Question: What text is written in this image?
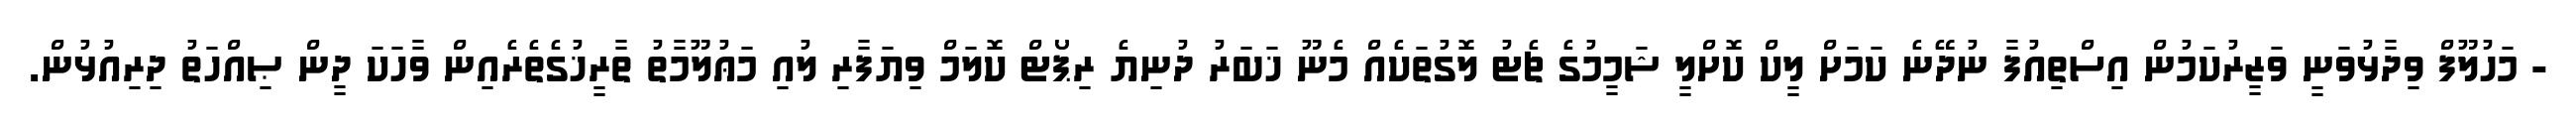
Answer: - މަހުލޫފް ވިދާޅުވަނީ ވަޒީރުކަމުން އިސްތިއުފާ ނުދޭނެ ކަމަށް ލީކް ކޮށްލީ ޝަމީމުގެ ޗެޓު ލޮގުތަކެއް މެނޫ ޚަބަރު ދުނިޔެ ރިޕޯޓް ކޮލަމް ވިޔަފާރި ލުއި މަޢުލޫމާތު ތާރީޚުގެތެރެއިން ވާހަކަ ދީން ޞިއްހަތު ދިރިއުޅުން.